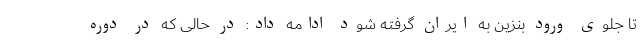
تا جلوی ورود بنزین به ایران گرفته شود ادامه داد: در حالی که در دوره